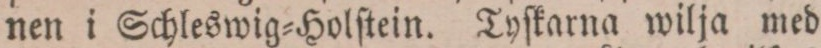
nen i Schleswig=Holſtein. Tyſkarna wilja med